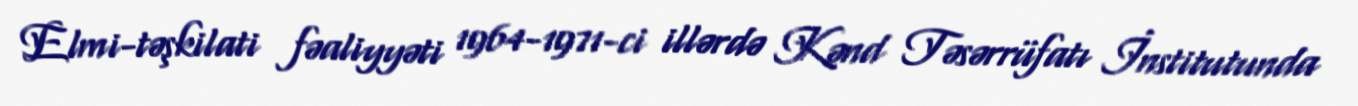
Elmi-təşkilati fəaliyyəti 1964-1971-ci illərdə Kənd Təsərrüfatı İnstitutunda